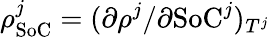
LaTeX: \rho_{\textrm{SoC}}^{j}=(\partial\rho^{j}/\partial\textrm{SoC}^{j})_{T^{j}}